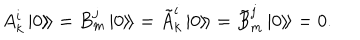
LaTeX: A _ { k } ^ { i } \left. \left| 0 \right\rangle \! \right\rangle = B _ { m } ^ { j } \left. \left| 0 \right\rangle \! \right\rangle = \tilde { A } _ { k } ^ { i } \left. \left| 0 \right\rangle \! \right\rangle = \tilde { B } _ { m } ^ { j } \left. \left| 0 \right\rangle \! \right\rangle = 0 .